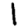
Digit: 1